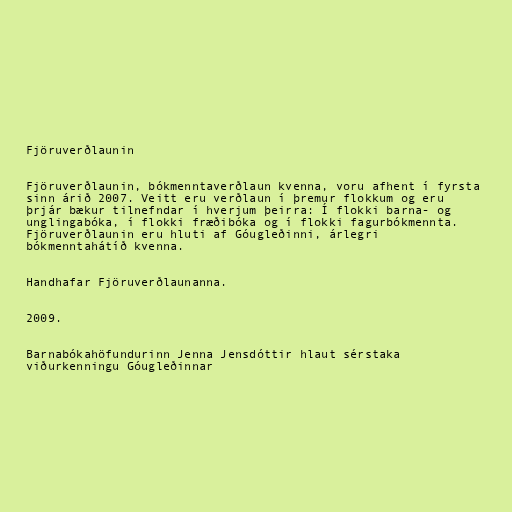
Fjöruverðlaunin

Fjöruverðlaunin, bókmenntaverðlaun kvenna, voru afhent í fyrsta
sinn árið 2007. Veitt eru verðlaun í þremur flokkum og eru
þrjár bækur tilnefndar í hverjum þeirra: Í flokki barna- og
unglingabóka, í flokki fræðibóka og í flokki fagurbókmennta.
Fjöruverðlaunin eru hluti af Góugleðinni, árlegri
bókmenntahátíð kvenna.

Handhafar Fjöruverðlaunanna.

2009.

Barnabókahöfundurinn Jenna Jensdóttir hlaut sérstaka
viðurkenningu Góugleðinnar